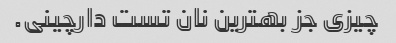
چیزی جز بهترین نان تست دارچینی.